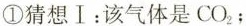
①猜想Ⅰ：该气体是CO_{2}；